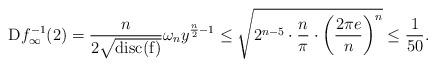
LaTeX: \begin{align*}\mathrm{D}f_\infty^{-1}(2)=\frac{n}{2\sqrt{\mathrm{disc(f)}}}\omega_ny^{\frac{n}{2}-1} \le \sqrt{2^{n-5}\cdot\frac{n}{\pi}\cdot\left(\frac{2\pi e}{n}\right)^{n}}\le \frac{1}{50}.\end{align*}